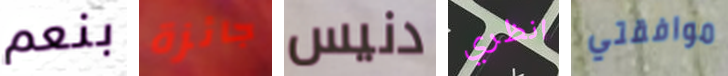
بنعم جائزة دنيس انظري موافقتي